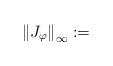
LaTeX: \begin{align*}\left\| J_{\varphi } \right\|_{\infty }:=\end{align*}